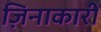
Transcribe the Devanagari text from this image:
ज़िनाकारी